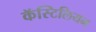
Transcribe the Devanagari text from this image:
कॅस्टिलियन